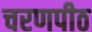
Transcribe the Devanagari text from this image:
चरणपीठ